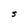
Character: S